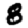
Digit: 8